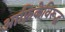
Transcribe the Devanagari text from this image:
आफ़्रिकेविरूद्ध